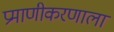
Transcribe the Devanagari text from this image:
प्रमाणीकरणाला